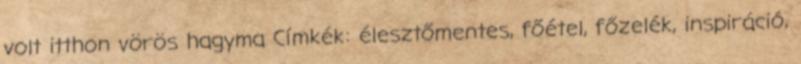
volt itthon vörös hagyma Címkék: élesztőmentes, főétel, főzelék, inspiráció,